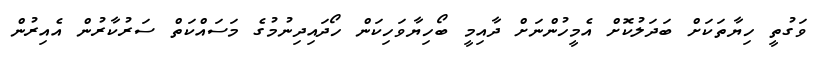
ވަގުތީ ހިޔާތަކަށް ބަދަލުކޮށް އެމީހުންނަށް ދާއިމީ ބޯހިޔާވަހިކަން ހޯދައިދިނުމުގެ މަސައްކަތް ސަރުކާރުން އެއިރުން